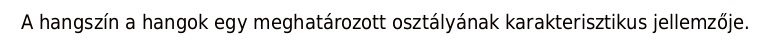
A hangszín a hangok egy meghatározott osztályának karakterisztikus jellemzője.